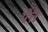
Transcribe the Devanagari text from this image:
येत्त